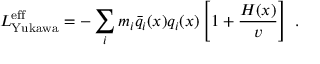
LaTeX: { \cal { L } } _ { \mathrm { Y u k a w a } } ^ { \mathrm { e f f } } = - \sum _ { i } m _ { i } \bar { q } _ { i } ( x ) q _ { i } ( x ) \left[ 1 + \frac { H ( x ) } { v } \right] ~ .